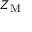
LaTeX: Z _ { \mathrm { M } }